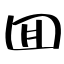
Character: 囬